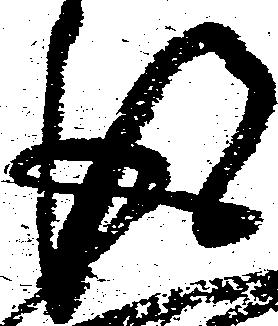
得